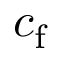
c _ { \mathrm { f } }